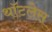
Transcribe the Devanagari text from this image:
थॉटलेस